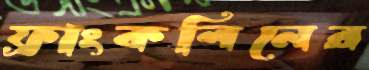
ফ্রাংকলিনের